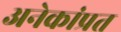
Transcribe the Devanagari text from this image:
अनेकांप्रत